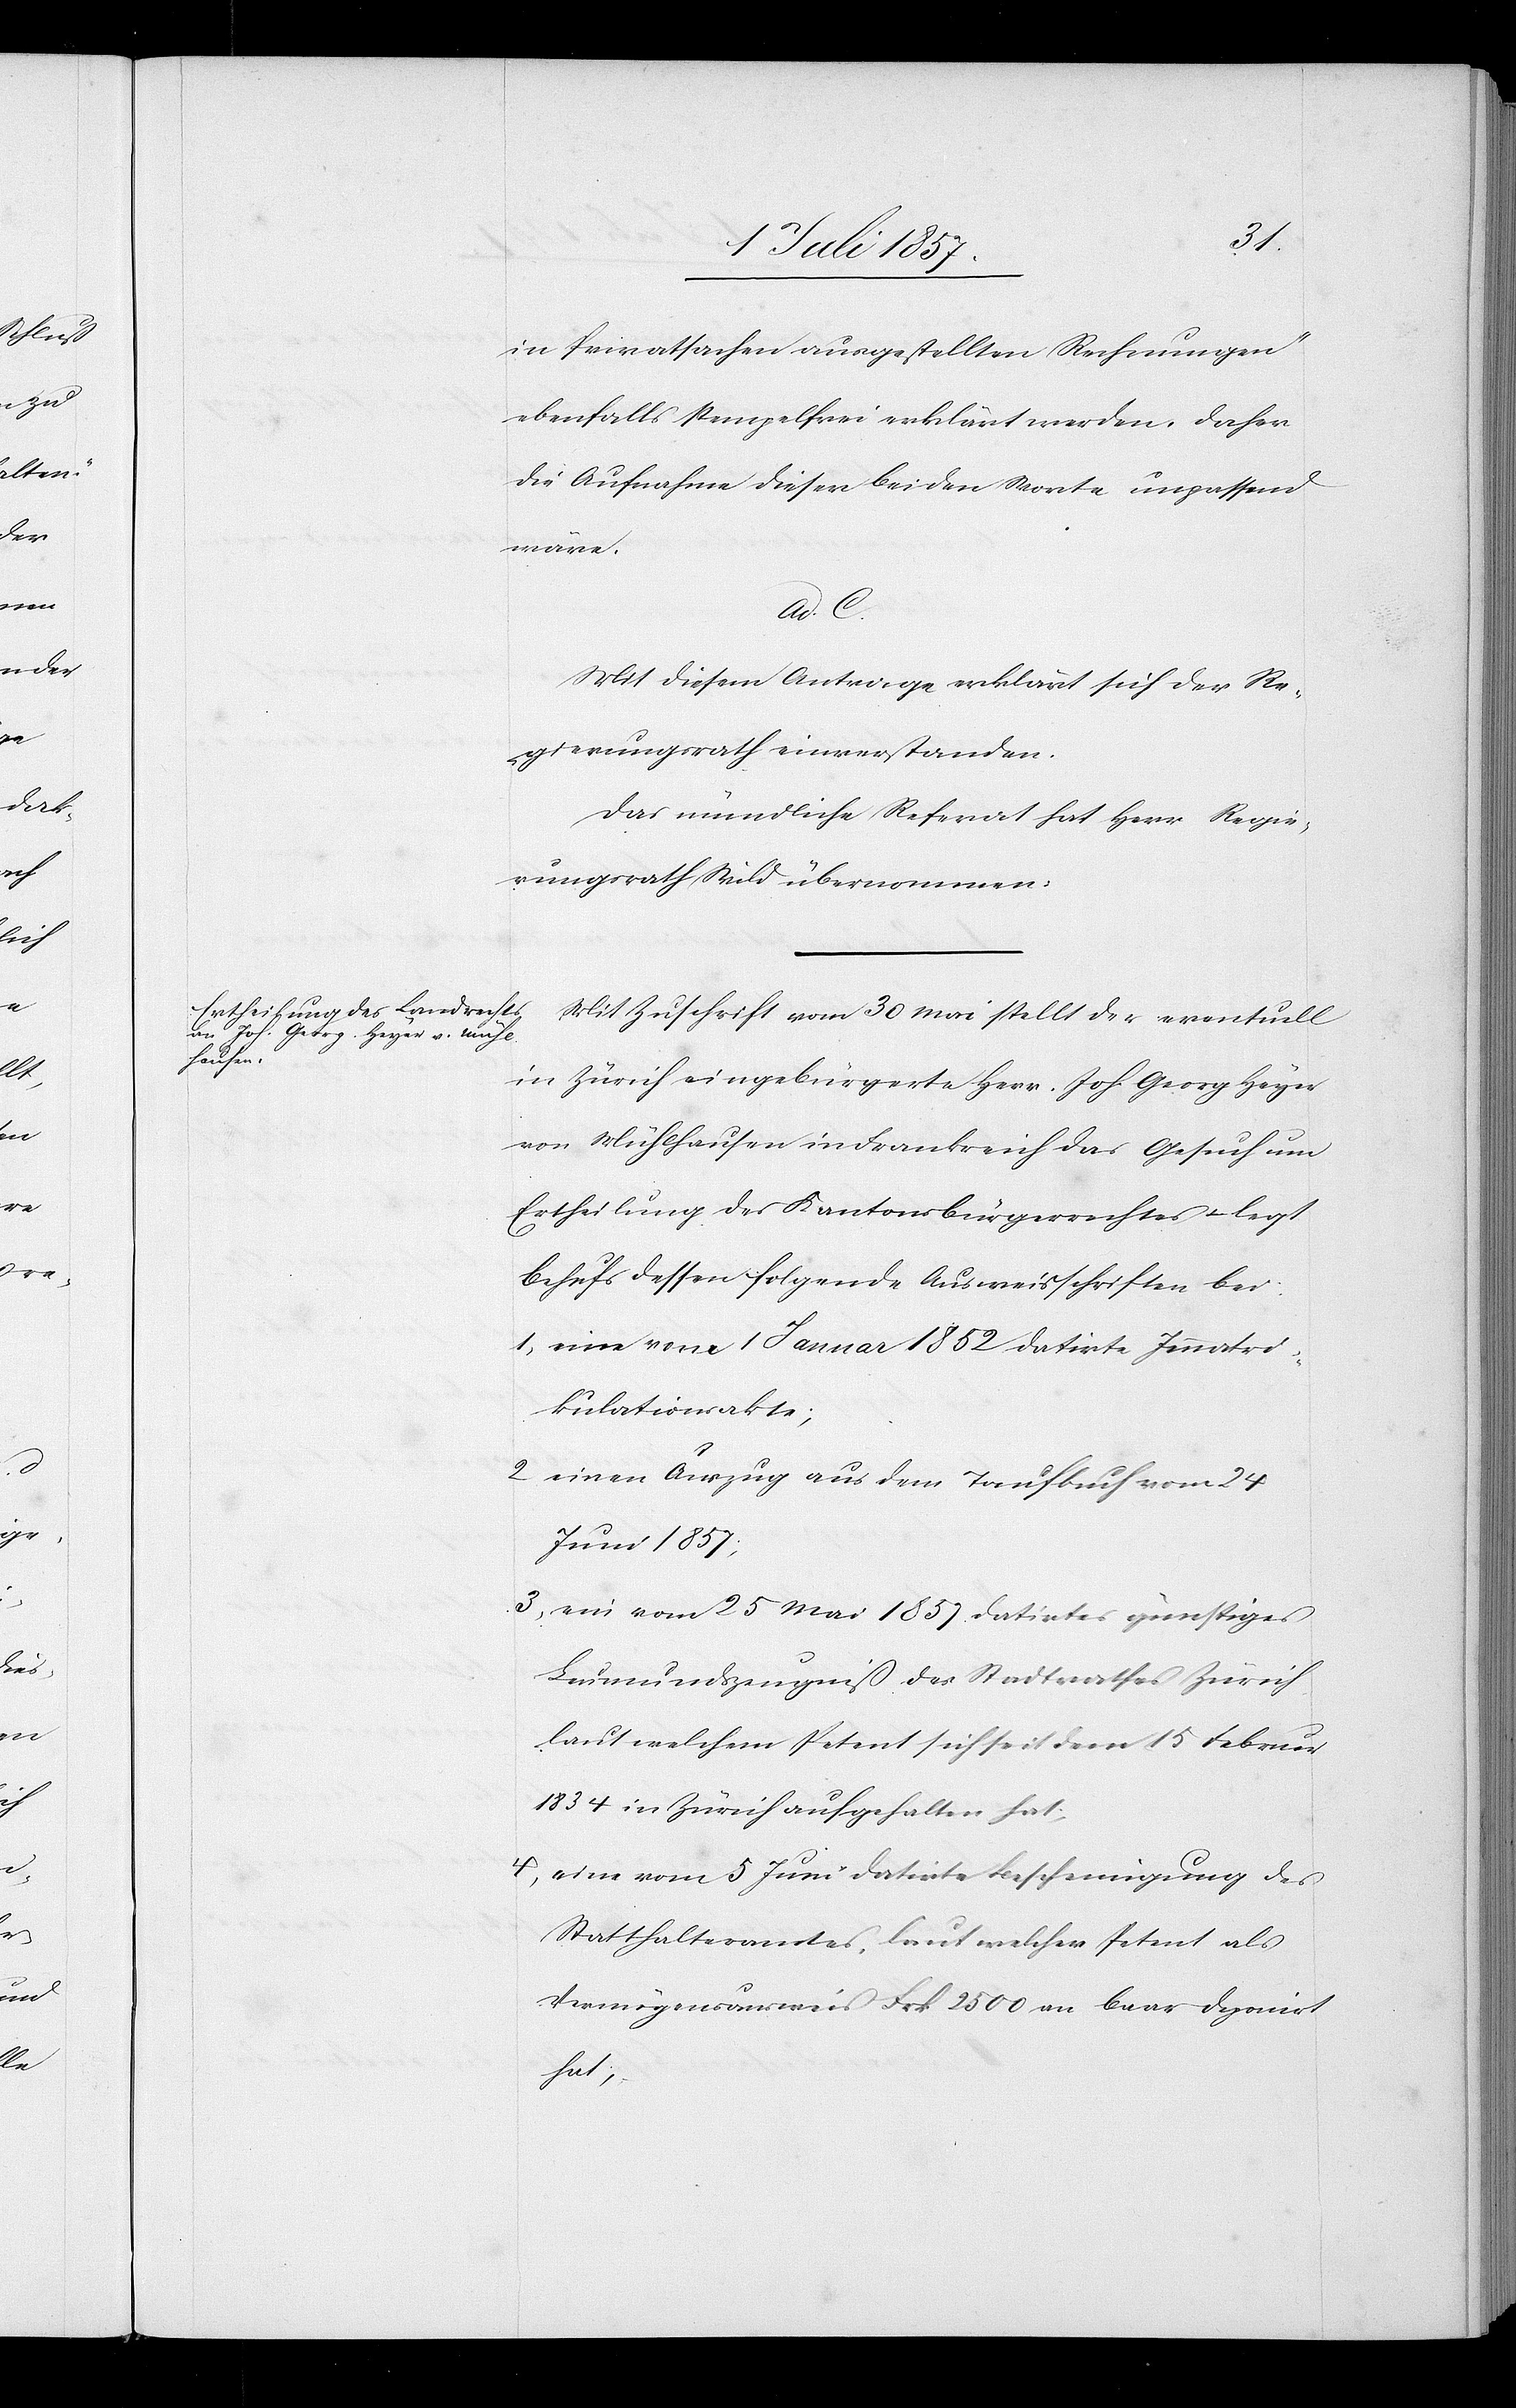
in Privatsachen ausgestellten Rechnungen“
ebenfalls stempelfrei erklärt werden. Daher
die Aufnahme dieser beiden Worte unpassend
wäre.
ad. C.
Mit diesem Antrage erklärt sich der Re¬
gierungsrath einverstanden.
Das mündliche Referat hat Herr Regie¬
rungsrath Wild übernommen.
Mit Zuschrift vom 30 Mai stellt der eventuell
in Zürich eingebürgerte Herr Joh. Georg Heyer
von Mühlhausen in Frankreich das Gesuch um
Ertheilung des Kantonsbürgerrechtes & legt
behufs dessen folgende Ausweisschriften bei:
1, eine vom 1 Januar 1852 datirte Immatri¬
kulationsakte;
2, einen Auszug aus dem Taufbuch vom 24
Juni 1857,
3, ein vom 25 Mai 1859 datirtes günstiges
Leumundszeugniß des Stadtrathes Zürich
laut welchem Petent sich seit dem 15 Februar
1834 in Zürich aufgehalten hat;
4, eine vom 5 Juni datirte Bescheinigung des
Statthalteramtes, laut welcher Petent als
Vermögensausweis Frk. 2 500 an baar deponirt
hat,